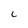
Character: C